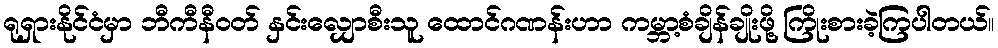
ရုရှားနိုင်ငံမှာ ဘီကီနီဝတ် နှင်းလျှောစီးသူ ထောင်ဂဏန်းဟာ ကမ္ဘာ့စံချိန်ချိုးဖို့ ကြိုးစားခဲ့ကြပါတယ်။